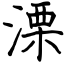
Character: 溧